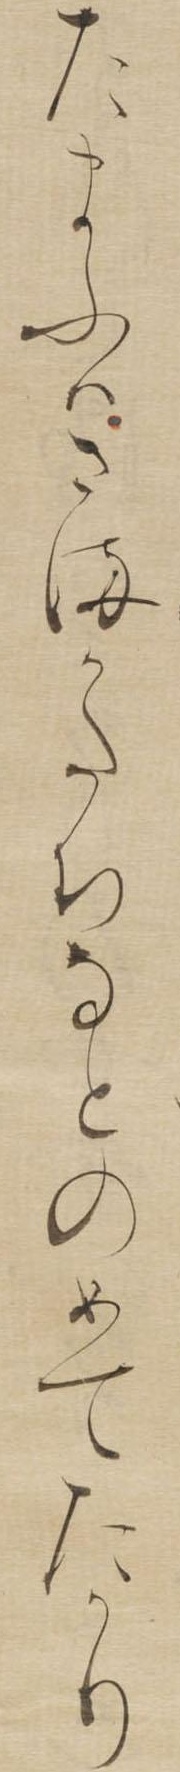
たまふはさまかたちなとのめてたかり